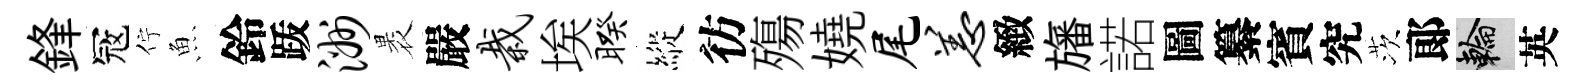
鋒冦佇魚鈴䟦洲褁嚴栽埃暌縱彷殤嬈尾恙緻旛諾圖纂賓究茨郞輪英